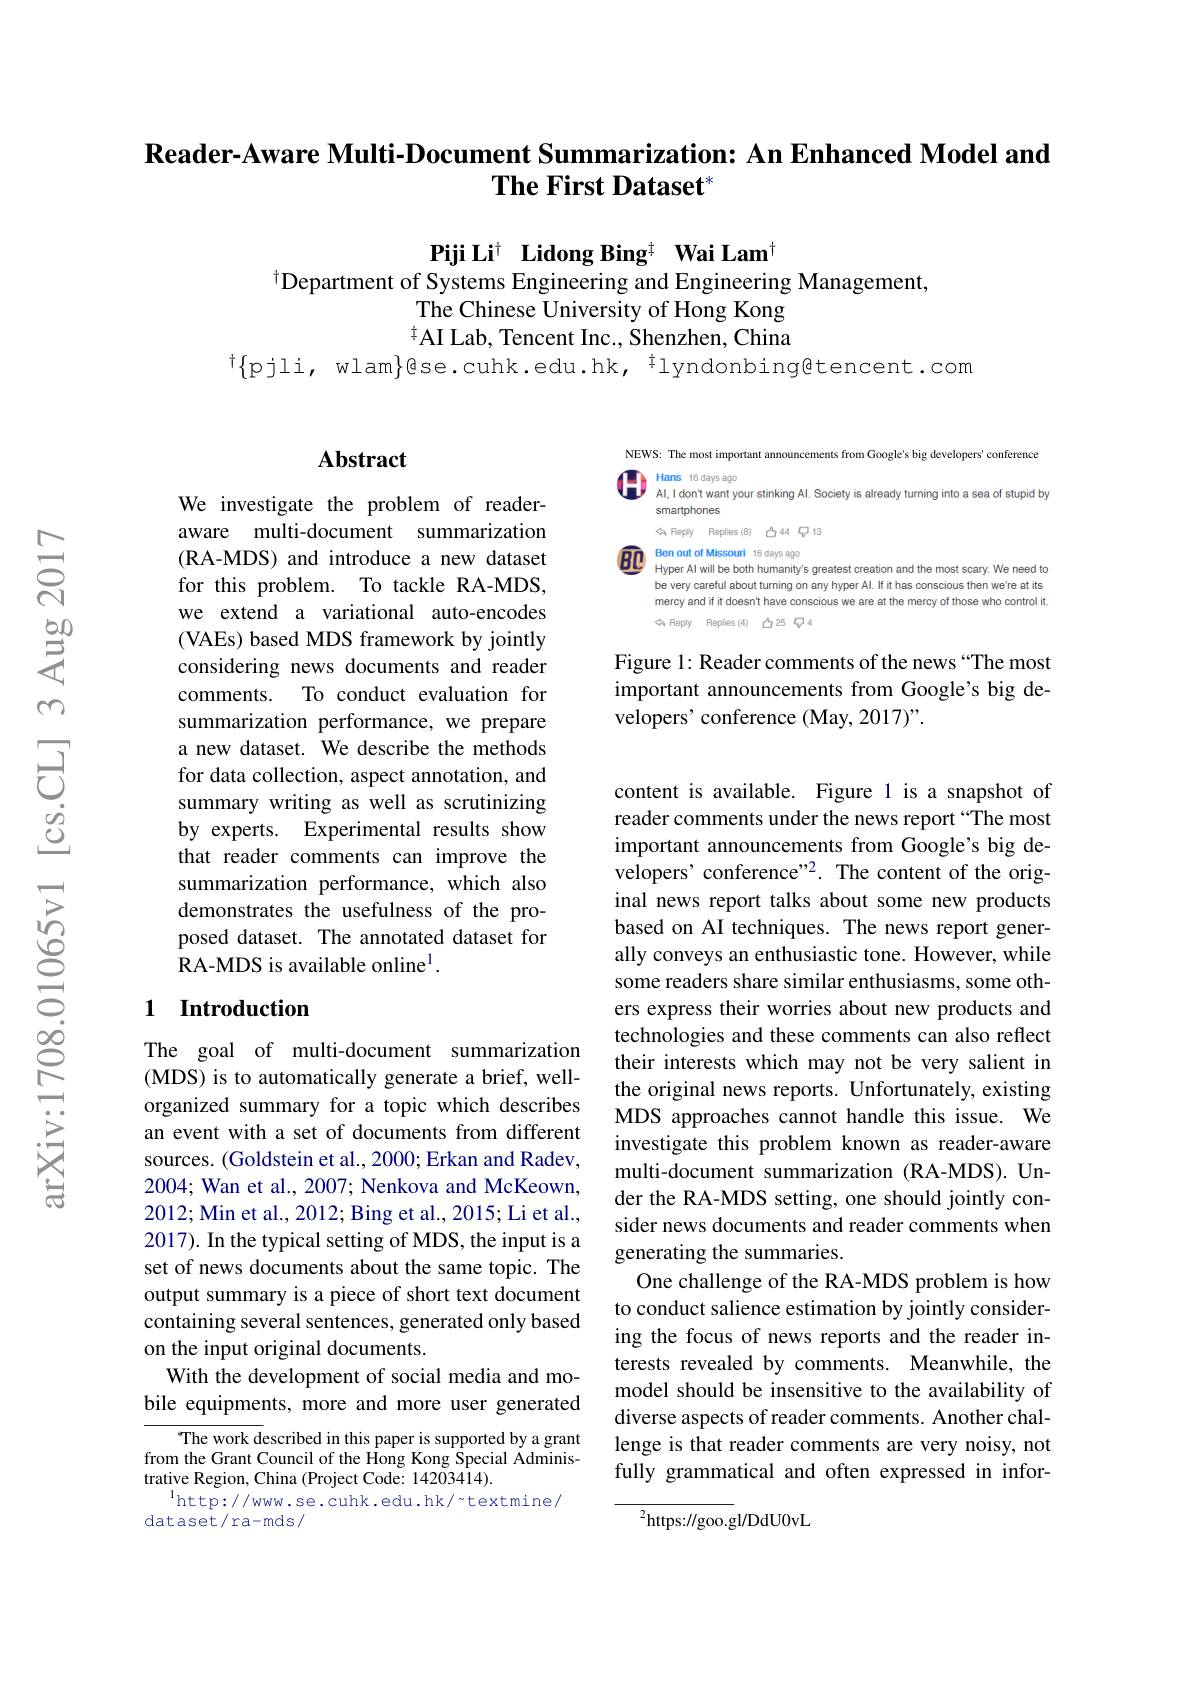
### Reader-Aware Multi-Document Summarization: An Enhanced Model and The First Dataset

$\textbf{Piji Li}^{\dagger}\textbf{ Lidong Bing}^{\dagger}\textbf{ Wai Lam}^{\dagger}$
$^{\dagger}$Department of Systems Engineering and Engineering Management,
The Chinese University of Hong Kong $^{\dagger}$AI Lab, Tencent Inc., Šhenzhen, China
$^{\dagger}\{$pjli, wlam$\}$@se.cuhk.edu.hk,$^{\dagger}$lyndonbing@tencent.com

### Abstract

We investigate the problem of readeraware multi-document summarization (RA-MDS) and introduce a new dataset for this problem. To tackle RA-MDS, we extend a variational auto-encodes (VAEs) based MDS framework by jointly considering news documents and reader comments. To conduct evaluation for summarization performance, we prepare a new dataset. We describe the methods for data collection, aspect annotation, and summary writing as well as scrutinizing by experts. Experimental results show that reader comments can improve the summarization performance, which also demonstrates the usefulness of the proposed dataset. The annotated dataset for RA-MDS is available online$^{1}.$

## 1 Introduction

The goal of multi-document summarization (MDS) is to automatically generate a brief, wellorganized summary for a topic which describes an event with a set of documents from different sources. (Goldstein et al., 2000; Erkan and Radev, 2004; Wan et al., 2007; Nenkova and McKeown, 2012; Min et al., 2012; Bing et al., 2015; Li et al., 2017). In the typical setting of MDS, the input is a set of news documents about the same topic. The output summary is a piece of short text document containing several sentences, generated only based on the input original documents.
With the development of social media and mobile equipments, more and more user generated

The work described in this paper is supported by a grant from the Grant Council of the Hong Kong Special Administrative Region, China (Project Code: 14203414).
$^{\mathrm{l}}$http://www.se.cuhk.edu.hk/~textmine/
dataset/ra-mds/

NEWS: The most important announcements from Google's big developers' conference CO Hans 16 days ago Al,Idont want your stinking Al. Society is already turning into a sea of stupid by
smartphones
A Fleply Replies (8)凸44 $\textcircled{7}13$
$\boxed{BC}$ Ben out of Missouri 16 days ago Hyper Al will be both humanity's greatest creation and the most scary. We need ta
be very careful about turning on any hyper Al. If it has conscious then we're at its mercy and if it doesn't have conscious we are at the mercy of those who control it 令 Reply Replies (4)凸25 $\sqrt{4}$

Figure 1: Reader comments of the news “The most important announcements from Google's big developers' conference (May, 2017)".

content is available. Figure l is a snapshot of reader comments under the news report “The most important announcements from Google's big developers' conference"2. The content of the original news report talks about some newproducts based on AI techniques. The news report generally conveys an enthusiastic tone. However, while some readers share similar enthusiasms, some others express their worries about new products and technologies and these comments can also reflect their interests which may not be very salient in the original news reports. Unfortunately, existing MDS approaches cannot handle this issue. We investigate this problem known as reader-aware multi-document summarization (RA-MDS). Under the RA-MDS setting, one should jointly consider news documents and reader comments when generating the summaries.
One challenge of the RA-MDS problem is how to conduct salience estimation by jointly considering the focus of news reports and the reader interests revealed by comments. Meanwhile, the model should be insensitive to the availability of diverse aspects of reader comments. Another challenge is that reader comments are very noisy, not fully grammatical and often expressed in infor-
${^{2}\mathrm{https:}//\mathrm{goo.g}}$l/DdU0vL